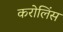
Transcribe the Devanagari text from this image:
करोलिंस